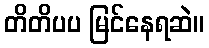
တိတိပပ မြင်နေရဆဲ။